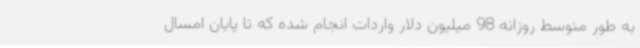
به طور متوسط روزانه 98 میلیون دلار واردات انجام شده که تا پایان امسال